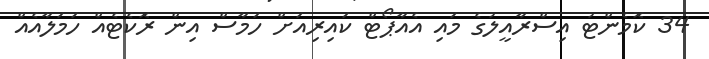
34 ކޮމެންޓު އިސްރާއީލުގެ މައި އެއާޕޯޓް ކައިރިއަށް ހަމާސް އިން ރޮކެޓެއް ހަމަލާއެއް